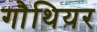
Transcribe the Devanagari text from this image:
गौथियर